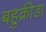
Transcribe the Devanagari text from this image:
बहुक्रीडा